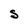
Character: S